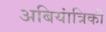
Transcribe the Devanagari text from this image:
अबियांत्रिकी